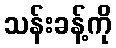
သန်းခန့်ကို